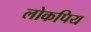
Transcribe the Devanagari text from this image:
लोकपिय